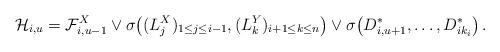
LaTeX: \begin{align*}{\mathcal{H}}_{i,u}={\mathcal{F}}_{i,u-1}^{X}\vee\sigma\big ((L_{j}^{X})_{1\leq j\leq i-1},(L_{k}^{Y})_{i+1\leq k\leq n}\big )\vee\sigma\big ({D}_{i,u+1}^{\ast},\dots,{D}_{ik_{i}}^{\ast}\big )\,.\end{align*}